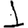
Digit: 1